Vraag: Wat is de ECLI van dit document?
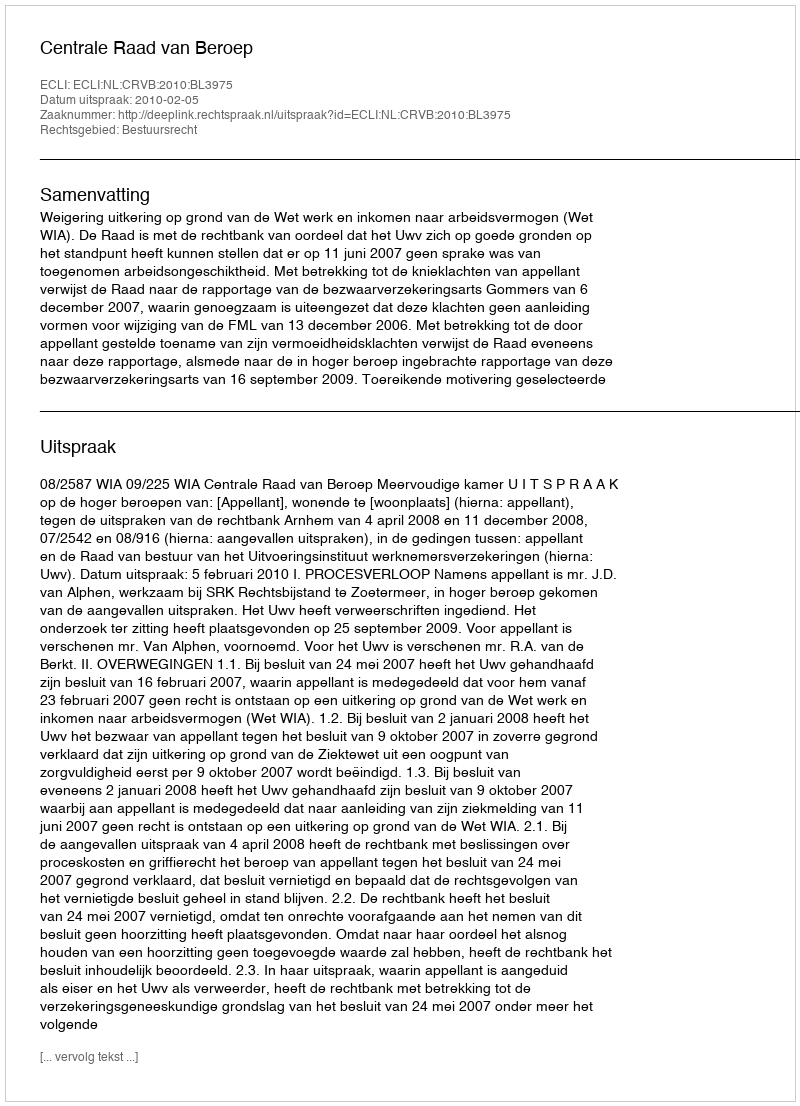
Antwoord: ECLI:NL:CRVB:2010:BL3975